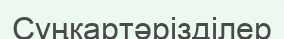
Сұңқартәрізділер